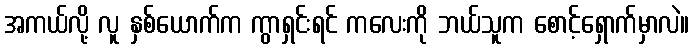
အကယ်လို့ လူ နှစ်ယောက်က ကွာရှင်းရင် ကလေးကို ဘယ်သူက စောင့်ရှောက်မှာလဲ။